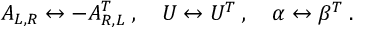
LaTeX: A _ { L , R } \leftrightarrow - A _ { R , L } ^ { T } \; , \quad U \leftrightarrow U ^ { T } \; , \quad \alpha \leftrightarrow \beta ^ { T } \; .